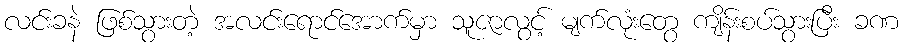
လင်းခနဲ ဖြစ်သွားတဲ့ အလင်းရောင်အောက်မှာ သူဇာလွင့် မျက်လုံးတွေ ကျိန်းစပ်သွားပြီး ခဏ